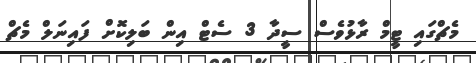
މެޗްގައި ޓީމް ރާޅުވެސް ސީދާ 3 ސެޓް އިން ބަލިކޮށް ފައިނަލް މެޗް